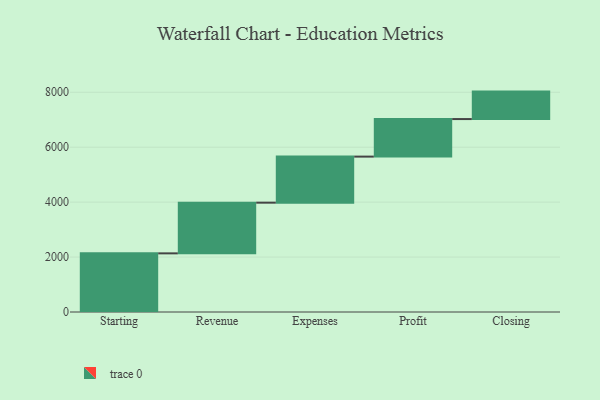
{"axis": {"x": "Step", "y": "Value"}, "legend": [""], "data": [{"x": "Starting", "y": 2135.0, "type": ""}, {"x": "Revenue", "y": 1846.0, "type": ""}, {"x": "Expenses", "y": 1677.0, "type": ""}, {"x": "Profit", "y": 1367.0, "type": ""}, {"x": "Closing", "y": 1000, "type": ""}]}